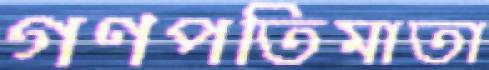
গণপতিমাতা